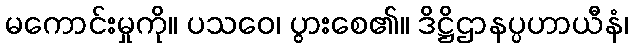
မကောင်းမှုကို။ ပသဝေ၊ ပွားစေ၏။ ဒိဋ္ဌိဌာနပ္ပဟာယီနံ၊